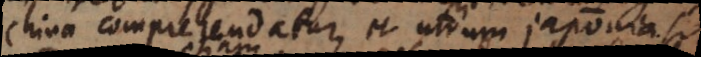
China comprehendatur, et utrum Japonia sit